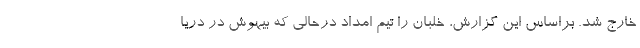
خارج شد. براساس این گزارش، خلبان را تیم امداد درحالی که بیهوش در دریا